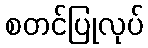
စတင်ပြုလုပ်